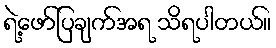
ရဲ့ဖော်ပြချက်အရ သိရပါတယ်။